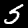
Digit: 5